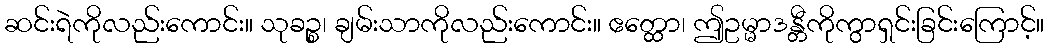
ဆင်းရဲကိုလည်းကောင်း။ သုခဉ္စ၊ ချမ်းသာကိုလည်းကောင်း။ ဧတ္ထော၊ ဤဥမ္မာဒန္တီကိုကွာရှင်းခြင်းကြောင့်။